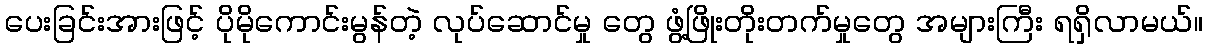
ပေးခြင်းအားဖြင့် ပိုမိုကောင်းမွန်တဲ့ လုပ်ဆောင်မှု တွေ ဖွံ့ဖြိုးတိုးတက်မှုတွေ အများကြီး ရရှိလာမယ်။